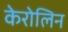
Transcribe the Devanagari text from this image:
केरोलिन